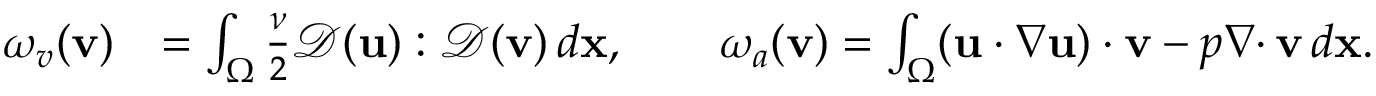
\begin{array} { r l } { \omega _ { v } ( { \mathbf v } ) } & { = \int _ { \Omega } \frac { \nu } { 2 } { \mathcal { D } } ( { \mathbf u } ) : { \mathcal { D } } ( { \mathbf v } ) \, d { \mathbf x } , \qquad \omega _ { a } ( { \mathbf v } ) = \int _ { \Omega } ( { \mathbf u } \cdot \nabla { \mathbf u } ) \cdot { \mathbf v } - p { { \nabla \cdot } \, } { \mathbf v } \, d { \mathbf x } . } \end{array}